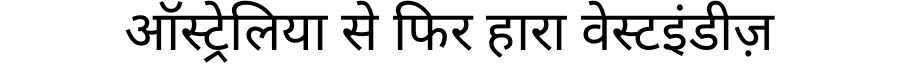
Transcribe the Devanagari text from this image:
ऑस्ट्रेलिया से फिर हारा वेस्टइंडीज़